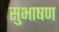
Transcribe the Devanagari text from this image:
सुभाषण